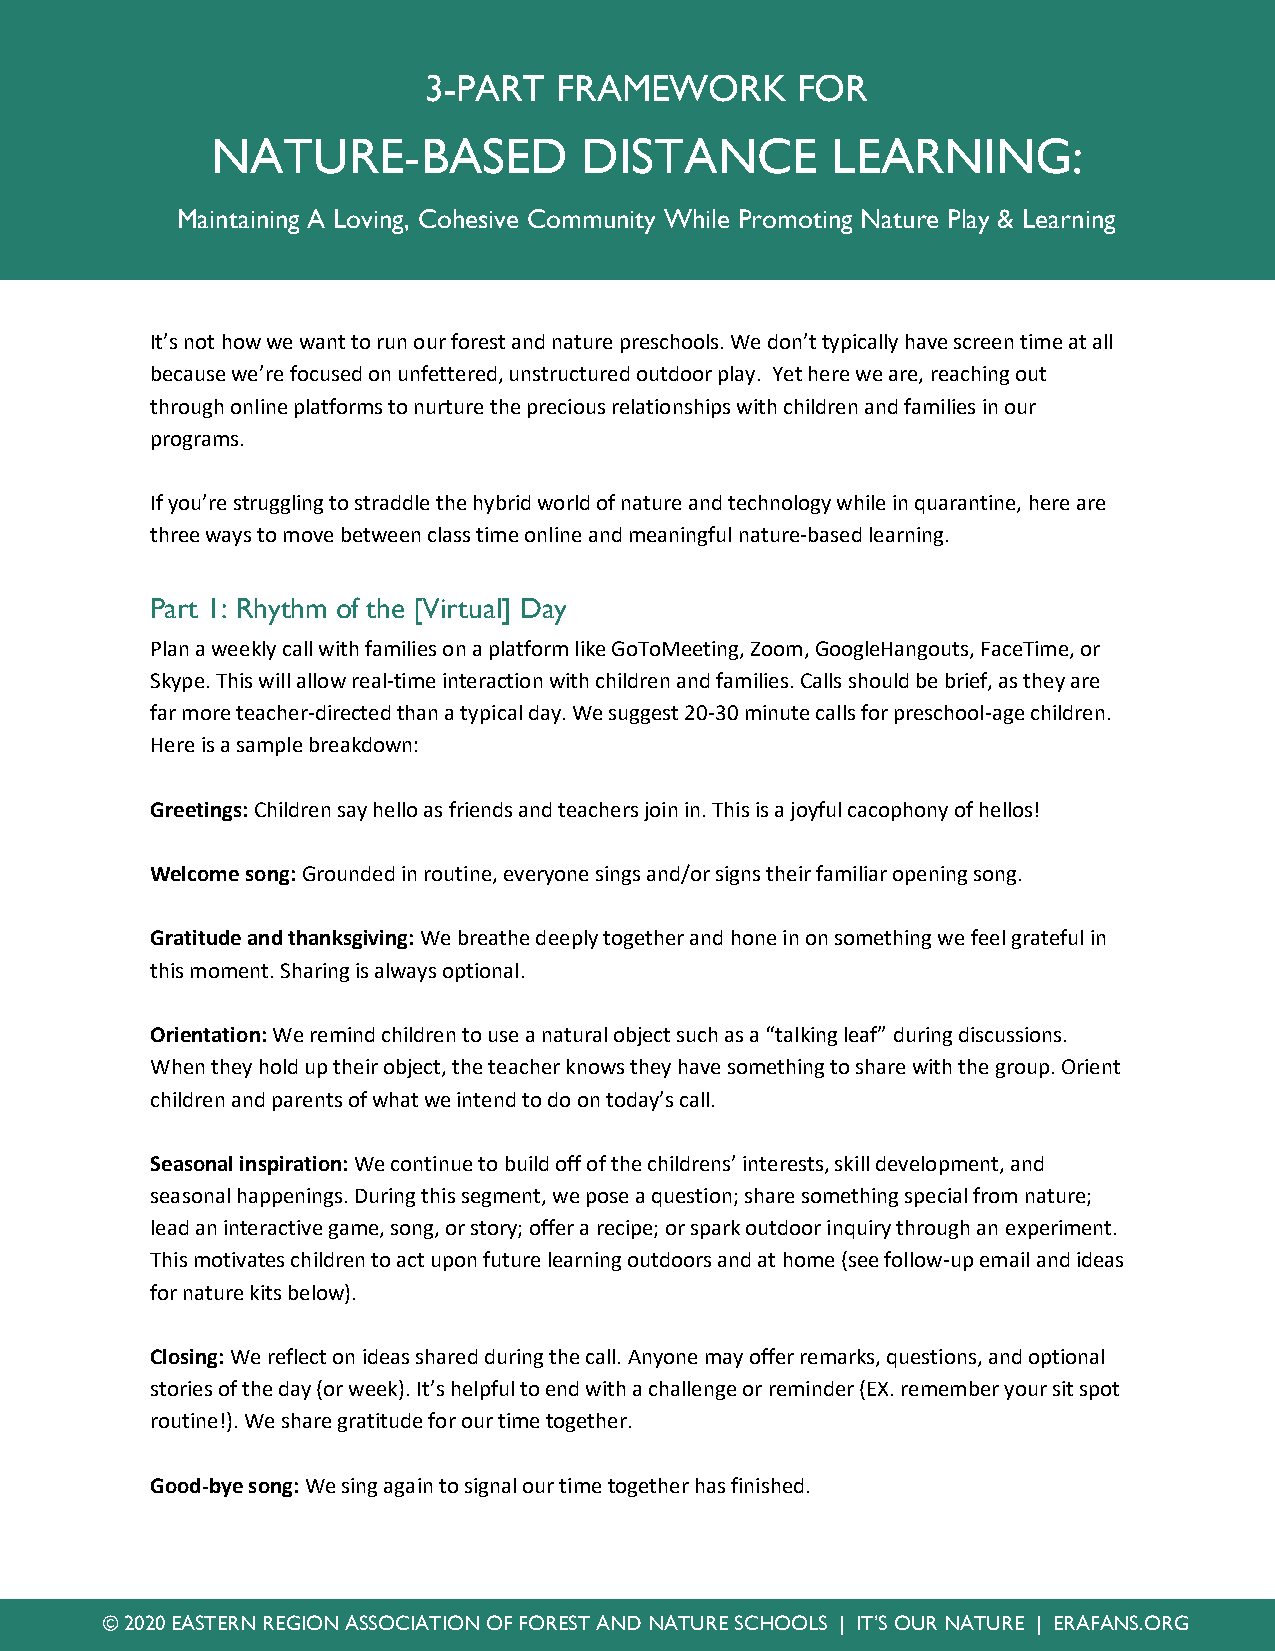
3-PART   FRAMEWORK       FOR
 NATURE-BASED            DISTANCE         LEARNING:
 Maintaining A Loving, Cohesive Community While Promoting Nature Play & Learning
 It’s not how we want to run our forest and nature preschools. We don’t typically have screen time at all
 because we’re focused on unfettered, unstructured outdoor play. Yet here we are, reaching out
 through online platforms to nurture the precious relationships with children and families in our
 programs.
 If you’re struggling to straddle the hybrid world of nature and technology while in quarantine, here are
 three ways to move between class time online and meaningful nature-based learning.
 Part 1: Rhythm of the [Virtual] Day
 Plan a weekly call with families on a platform like GoToMeeting, Zoom, GoogleHangouts, FaceTime, or
 Skype. This will allow real-time interaction with children and families. Calls should be brief, as they are
 far more teacher-directed than a typical day. We suggest 20-30 minute calls for preschool-age children.
 Here is a sample breakdown:
 Greetings: Children say hello as friends and teachers join in. This is a joyful cacophony of hellos!
 Welcome song: Grounded in routine, everyone sings and/or signs their familiar opening song.
 Gratitude and thanksgiving: We breathe deeply together and hone in on something we feel grateful in
 this moment. Sharing is always optional.
 Orientation: We remind children to use a natural object such as a “talking leaf” during discussions.
 When they hold up their object, the teacher knows they have something to share with the group. Orient
 children and parents of what we intend to do on today’s call.
 Seasonal inspiration: We continue to build off of the childrens’ interests, skill development, and
 seasonal happenings. During this segment, we pose a question; share something special from nature;
 lead an interactive game, song, or story; offer a recipe; or spark outdoor inquiry through an experiment.
 This motivates children to act upon future learning outdoors and at home (see follow-up email and ideas
 for nature kits below).
 Closing: We reflect on ideas shared during the call. Anyone may offer remarks, questions, and optional
 stories of the day (or week). It’s helpful to end with a challenge or reminder (EX. remember your sit spot
 routine!). We share gratitude for our time together.
 Good-bye song: We sing again to signal our time together has finished.
 © 2020 EASTERN REGION ASSOCIATION OF FOREST AND NATURE SCHOOLS | IT’S OUR NATURE | ERAFANS.ORG